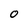
Character: O